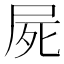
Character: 屍